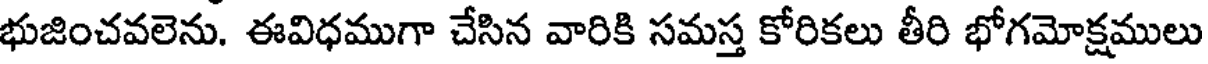
భుజించవలెను. ఈవిధముగా చేసిన వారికి సమస్త కోరికలు తీరి భోగమోక్షములు